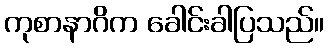
ကုစာနာဂိက ခေါင်းခါပြသည်။